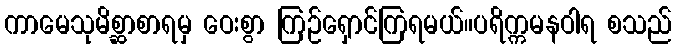
ကာမေသုမိစ္ဆာစာရမှ ဝေးစွာ ကြဉ်ရှောင်ကြရမယ်။ပရိက္ကမနဝါရ စသည်